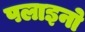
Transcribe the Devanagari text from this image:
पलाइनो